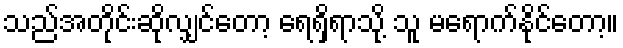
သည်အတိုင်းဆိုလျှင်တော့ ရေရှိရာသို့ သူ မရောက်နိုင်တော့။